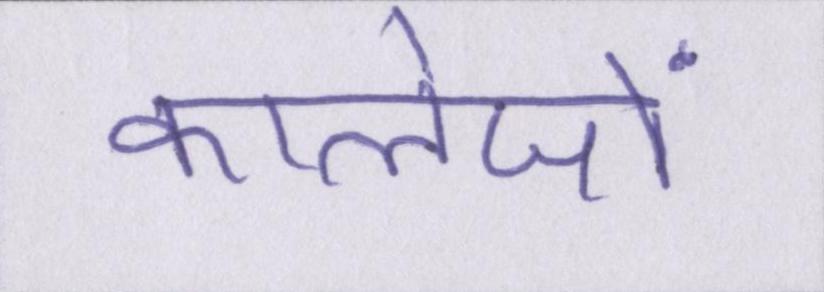
कालेजों